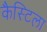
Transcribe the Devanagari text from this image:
कैस्टिला